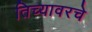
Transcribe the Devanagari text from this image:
तिच्यावरचे